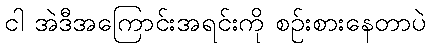
ငါ အဲဒီအကြောင်းအရင်းကို စဉ်းစားနေတာပဲ